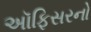
અૉફિસરનો